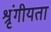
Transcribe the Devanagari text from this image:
श्रृंगीयता